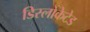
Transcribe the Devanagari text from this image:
डिस्लोकेटेड